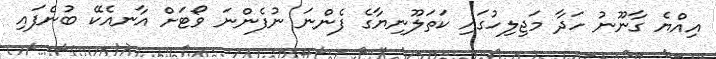
އިއްޔެ ގާނޫނު ހަދާ މަޖިލިހުގައި ކަތަލޫނިޔާގެ ފެންނަ ނުފެންނަ ވޯޓަށް އާނއެކޭ ބުނެފައި